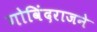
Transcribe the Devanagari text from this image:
गोविंदराजने